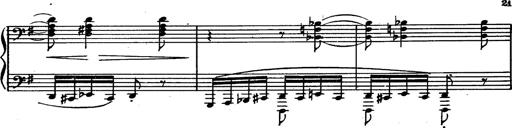
Title: Magyar rapszÃ³diÃ¡k
Composer: Franz Liszt